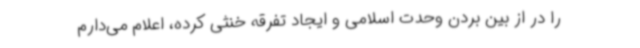
را در از بین بردن وحدت اسلامی و ایجاد تفرقه خنثی کرده، اعلام می‌دارم